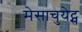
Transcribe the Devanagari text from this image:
मेसाचुयेट्स